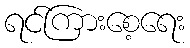
ရင်ကြားစေ့ရေး